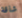
شاقة